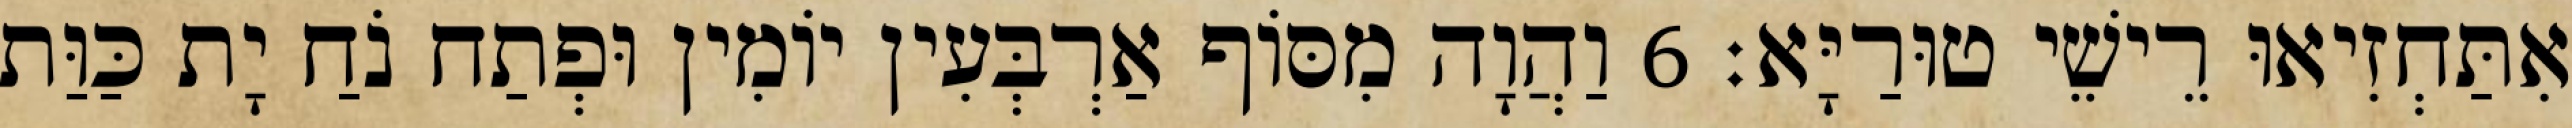
אִתַּחְזִיאוּ רֵישֵׁי טוּרַיָּא׃ 6 וַהֲוָה מִסּוֹף אַרְבְּעִין יוֹמִין וּפְתַח נֹחַ יָת כַּוַּת